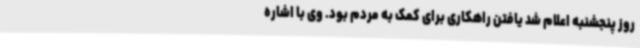
روز پنجشنبه اعلام شد یافتن راهکاری برای کمک به مردم بود. وی با اشاره